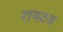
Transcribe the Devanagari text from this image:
रायटस